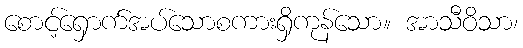
စောင့်ရှောက်အပ်သောစကားရှိကုန်သော။ အာသီဝိသာ၊